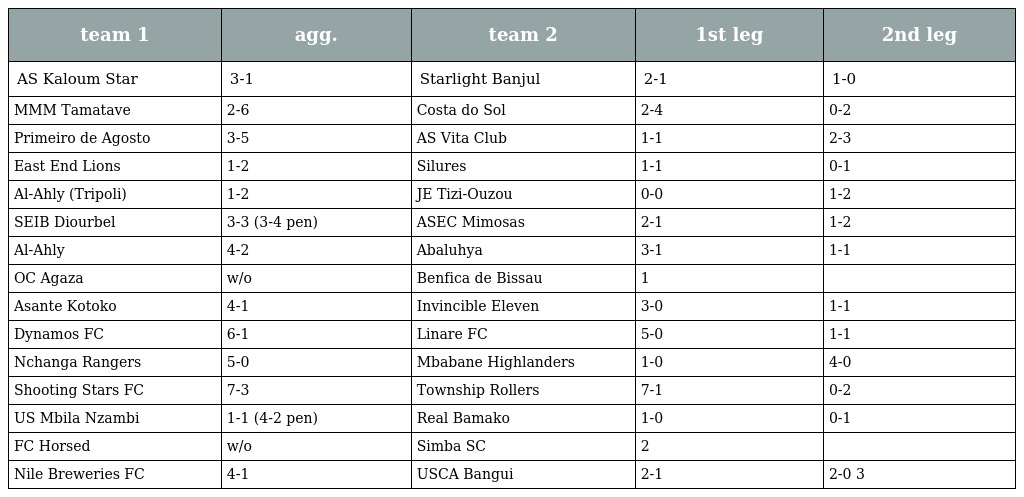
| team 1 | agg. | team 2 | 1st leg | 2nd leg |
 | --- | --- | --- | --- | --- |
 | AS Kaloum Star | 3-1 | Starlight Banjul | 2-1 | 1-0 |
 | MMM Tamatave | 2-6 | Costa do Sol | 2-4 | 0-2 |
 | Primeiro de Agosto | 3-5 | AS Vita Club | 1-1 | 2-3 |
 | East End Lions | 1-2 | Silures | 1-1 | 0-1 |
 | Al-Ahly (Tripoli) | 1-2 | JE Tizi-Ouzou | 0-0 | 1-2 |
 | SEIB Diourbel | 3-3 (3-4 pen) | ASEC Mimosas | 2-1 | 1-2 |
 | Al-Ahly | 4-2 | Abaluhya | 3-1 | 1-1 |
 | OC Agaza | w/o | Benfica de Bissau | 1 |  |
 | Asante Kotoko | 4-1 | Invincible Eleven | 3-0 | 1-1 |
 | Dynamos FC | 6-1 | Linare FC | 5-0 | 1-1 |
 | Nchanga Rangers | 5-0 | Mbabane Highlanders | 1-0 | 4-0 |
 | Shooting Stars FC | 7-3 | Township Rollers | 7-1 | 0-2 |
 | US Mbila Nzambi | 1-1 (4-2 pen) | Real Bamako | 1-0 | 0-1 |
 | FC Horsed | w/o | Simba SC | 2 |  |
 | Nile Breweries FC | 4-1 | USCA Bangui | 2-1 | 2-0 3 |